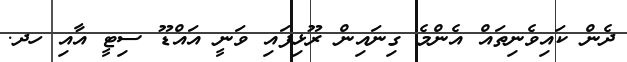
ދެން ކައިވެނިތައް އެންމެ ގިނައިން ރޫޅިފައި ވަނީ އައްޑޫ ސިޓީ އާއި ހދ.